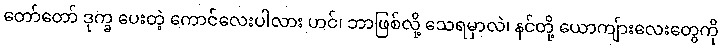
တော်တော် ဒုက္ခ ပေးတဲ့ ကောင်လေးပါလား ဟင်၊ ဘာဖြစ်လို့ သေရမှာလဲ၊ နင်တို့ ယောကျ်ားလေးတွေကို